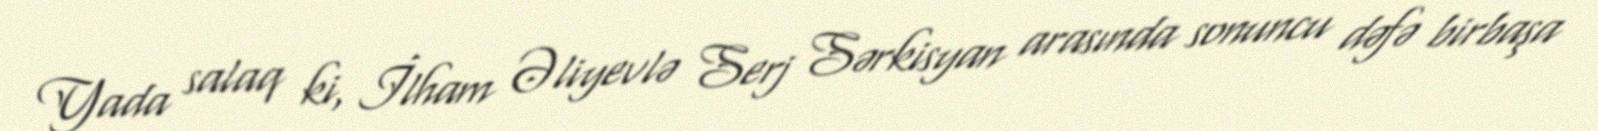
Yada salaq ki, İlham Əliyevlə Serj Sərkisyan arasında sonuncu dəfə birbaşa